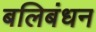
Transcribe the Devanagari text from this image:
बलिबंधन